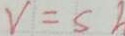
V = S